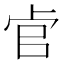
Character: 𱑖